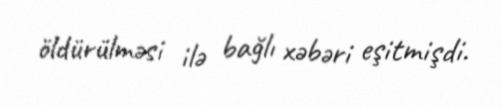
öldürülməsi ilə bağlı xəbəri eşitmişdi.